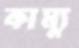
কাম্যু